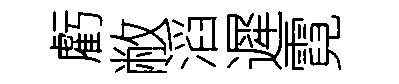
虧敝滔遲霓